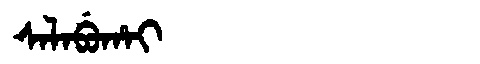
Manchu: ᠰᠠᠯᠠᠪᡠᡥᠠᡳ
Romanization: SALABUHAI